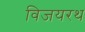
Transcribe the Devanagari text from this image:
विजयरथ